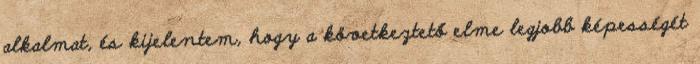
alkalmat, és kijelentem, hogy a következtető elme legjobb képességét